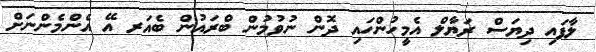
ލާފައި ދިޔަސް ރަޔާލް އެމީހުންހައި ދޮން ނުވުމުން ބްރައުން ބެއަރ އޭ އެންމެންނަށް